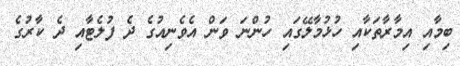
ބިމާއި އިމާރާތަކާއި ހުޅުމާލޭގައި ހުންނަ ވަން އެވެނިއުގެ ދެ ފުލެޓާއި ދެ ކާރުގެ